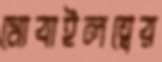
মোবাইলত্বের